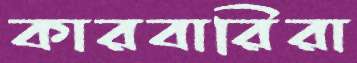
কারবারিরা